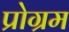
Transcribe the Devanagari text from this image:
प्रोग्रम